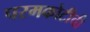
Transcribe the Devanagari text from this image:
परमकोटीची